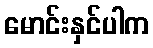
မောင်းနှင်ပါက